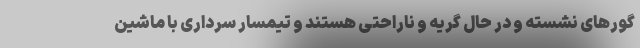
گورهای نشسته و در حال گریه و ناراحتی هستند و تیمسار سرداری با ماشین